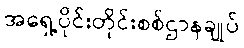
အရှေ့ပိုင်းတိုင်းစစ်ဌာနချုပ်